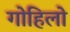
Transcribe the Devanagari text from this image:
गोहिलो